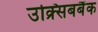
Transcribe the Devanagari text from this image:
उक्र्सिबबैंक